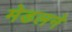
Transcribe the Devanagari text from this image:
मेडलने